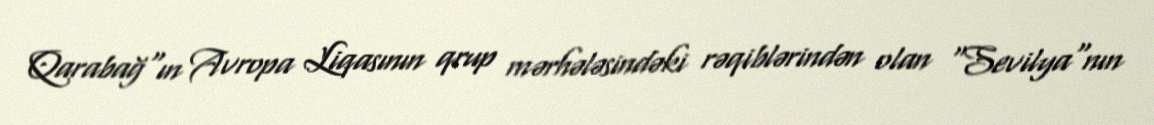
Qarabağ"ın Avropa Liqasının qrup mərhələsindəki rəqiblərindən olan "Sevilya"nın